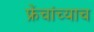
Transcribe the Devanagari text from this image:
फ्रेंचांच्याच